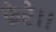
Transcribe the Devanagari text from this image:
फेरे।।